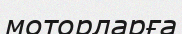
моторларға